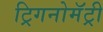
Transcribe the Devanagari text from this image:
ट्रिगनोमॅट्री